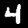
Label: 4